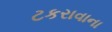
ટકરાવાના